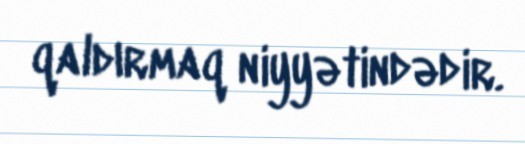
qaldırmaq niyyətindədir.